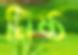
নিষ্ঠ